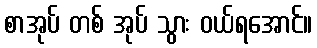
စာအုပ် တစ် အုပ် သွား ဝယ်ရအောင်။